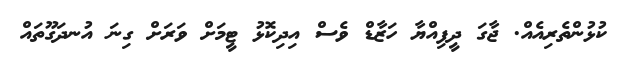
ކުޅުންތެރިއެއް. ޖާގަ ދީފިއްޔާ ހަޒާޑް ވެެސް އިދިކޮޅު ޓީމަށް ވަރަަށް ގިނަ އުނދަގޫތައް